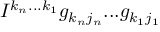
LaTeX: I ^ { k _ { n } . . . k _ { 1 } } g _ { k _ { n } j _ { n } } . . . g _ { k _ { 1 } j _ { 1 } }